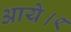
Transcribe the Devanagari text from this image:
आये।९